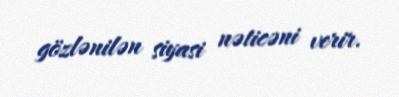
gözlənilən siyasi nəticəni verir.